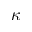
\kappa